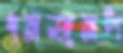
ধনজনপ